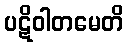
ပဋိဝါတမေတိ